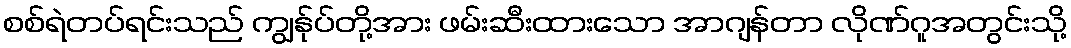
စစ်ရဲတပ်ရင်းသည် ကျွန်ုပ်တို့အား ဖမ်းဆီးထားသော အာဂျန်တာ လိုဏ်ဂူအတွင်းသို့